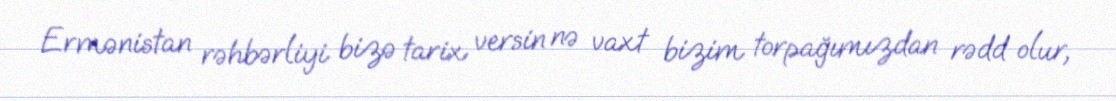
Ermənistan rəhbərliyi bizə tarix versin nə vaxt bizim torpağımızdan rədd olur,